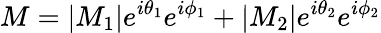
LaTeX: M=|M_{1}|e^{i\theta_{1}}e^{i\phi_{1}}+|M_{2}|e^{i\theta_{2}}e^{i\phi_{2}}